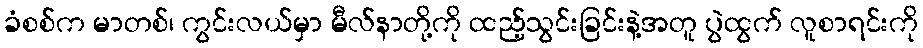
ခံစစ်က မာတစ်၊ ကွင်းလယ်မှာ မီလ်နာတို့ကို ထည့်သွင်းခြင်းနဲ့အတူ ပွဲထွက် လူစာရင်းကို